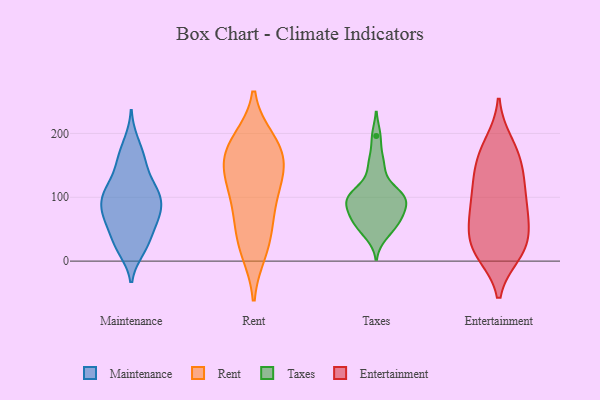
{"axis": {"x": "Humidity (%)", "y": "Value"}, "legend": ["Entertainment", "Maintenance", "Rent", "Taxes"], "data": [{"x": "", "y": 103, "type": "Maintenance"}, {"x": "", "y": 112, "type": "Maintenance"}, {"x": "", "y": 156, "type": "Maintenance"}, {"x": "", "y": 24, "type": "Maintenance"}, {"x": "", "y": 163, "type": "Maintenance"}, {"x": "", "y": 54, "type": "Maintenance"}, {"x": "", "y": 187, "type": "Maintenance"}, {"x": "", "y": 17, "type": "Maintenance"}, {"x": "", "y": 115, "type": "Maintenance"}, {"x": "", "y": 110, "type": "Maintenance"}, {"x": "", "y": 66, "type": "Maintenance"}, {"x": "", "y": 144, "type": "Maintenance"}, {"x": "", "y": 72, "type": "Maintenance"}, {"x": "", "y": 74, "type": "Maintenance"}, {"x": "", "y": 85, "type": "Maintenance"}, {"x": "", "y": 46, "type": "Maintenance"}, {"x": "", "y": 23, "type": "Maintenance"}, {"x": "", "y": 103, "type": "Maintenance"}, {"x": "", "y": 84, "type": "Maintenance"}, {"x": "", "y": 14, "type": "Rent"}, {"x": "", "y": 189, "type": "Rent"}, {"x": "", "y": 20, "type": "Rent"}, {"x": "", "y": 190, "type": "Rent"}, {"x": "", "y": 168, "type": "Rent"}, {"x": "", "y": 126, "type": "Rent"}, {"x": "", "y": 175, "type": "Rent"}, {"x": "", "y": 80, "type": "Rent"}, {"x": "", "y": 152, "type": "Rent"}, {"x": "", "y": 115, "type": "Rent"}, {"x": "", "y": 123, "type": "Rent"}, {"x": "", "y": 154, "type": "Rent"}, {"x": "", "y": 70, "type": "Rent"}, {"x": "", "y": 48, "type": "Rent"}, {"x": "", "y": 196, "type": "Taxes"}, {"x": "", "y": 110, "type": "Taxes"}, {"x": "", "y": 97, "type": "Taxes"}, {"x": "", "y": 93, "type": "Taxes"}, {"x": "", "y": 49, "type": "Taxes"}, {"x": "", "y": 64, "type": "Taxes"}, {"x": "", "y": 103, "type": "Taxes"}, {"x": "", "y": 63, "type": "Taxes"}, {"x": "", "y": 158, "type": "Taxes"}, {"x": "", "y": 72, "type": "Taxes"}, {"x": "", "y": 107, "type": "Taxes"}, {"x": "", "y": 69, "type": "Taxes"}, {"x": "", "y": 143, "type": "Taxes"}, {"x": "", "y": 40, "type": "Taxes"}, {"x": "", "y": 96, "type": "Taxes"}, {"x": "", "y": 89, "type": "Taxes"}, {"x": "", "y": 118, "type": "Entertainment"}, {"x": "", "y": 13, "type": "Entertainment"}, {"x": "", "y": 140, "type": "Entertainment"}, {"x": "", "y": 89, "type": "Entertainment"}, {"x": "", "y": 93, "type": "Entertainment"}, {"x": "", "y": 180, "type": "Entertainment"}, {"x": "", "y": 186, "type": "Entertainment"}, {"x": "", "y": 78, "type": "Entertainment"}, {"x": "", "y": 28, "type": "Entertainment"}, {"x": "", "y": 169, "type": "Entertainment"}, {"x": "", "y": 65, "type": "Entertainment"}, {"x": "", "y": 148, "type": "Entertainment"}, {"x": "", "y": 140, "type": "Entertainment"}, {"x": "", "y": 12, "type": "Entertainment"}, {"x": "", "y": 11, "type": "Entertainment"}, {"x": "", "y": 36, "type": "Entertainment"}, {"x": "", "y": 50, "type": "Entertainment"}, {"x": "", "y": 112, "type": "Entertainment"}, {"x": "", "y": 66, "type": "Entertainment"}, {"x": "", "y": 20, "type": "Entertainment"}]}